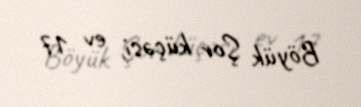
Böyük Şor küçəsi, ev 17